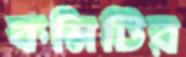
কমিটির